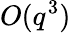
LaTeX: O(q^{3})